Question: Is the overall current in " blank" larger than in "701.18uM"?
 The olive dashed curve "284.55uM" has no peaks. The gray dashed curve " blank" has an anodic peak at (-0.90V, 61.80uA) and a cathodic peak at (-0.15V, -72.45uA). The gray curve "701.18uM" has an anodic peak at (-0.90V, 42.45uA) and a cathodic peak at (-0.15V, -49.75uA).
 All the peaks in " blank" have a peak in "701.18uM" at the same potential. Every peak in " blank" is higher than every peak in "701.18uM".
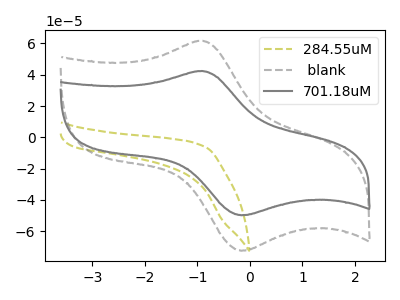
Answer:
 <answer>" blank" has more signal than "701.18uM".</answer>
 <eval>more_signal</eval>